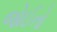
જોઈતો